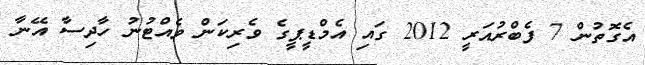
އެގޮތުން 7 ފެބްރުއަރީ 2012 ގައި އެމްޑީޕީގެ ވެރިކަން ވެއްޓުނު ހާދިސާ އޭނާ